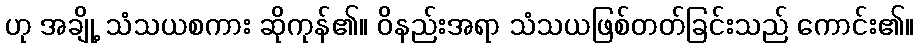
ဟု အချို့ သံသယစကား ဆိုကုန်၏။ ဝိနည်းအရာ သံသယဖြစ်တတ်ခြင်းသည် ကောင်း၏။